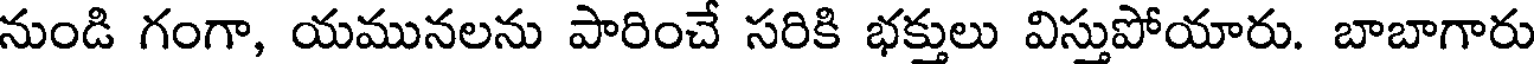
నుండి గంగా, యమునలను పారించే సరికి భక్తులు విస్తుపోయారు. బాబాగారు